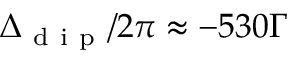
\Delta _ { \mathrm { ~ d ~ i ~ p ~ } } / 2 \pi \approx - 5 3 0 \Gamma